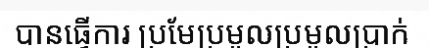
បានធ្វើការ ប្រមែប្រមូលប្រមូលប្រាក់